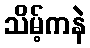
သိမ့်ကနဲ